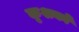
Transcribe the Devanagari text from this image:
कृशकों